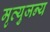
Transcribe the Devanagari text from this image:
मृत्युजन्य